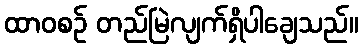
ထာဝစဉ် တည်မြဲလျက်ရှိပါချေသည်။